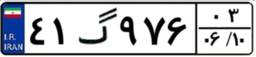
۴۵گ۸۲۳۶۳